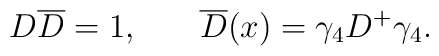
D\overline{D}=1 ,\hspace{0.3in}\overline{D}(x)=\gamma_4D^{+}\gamma _4  .